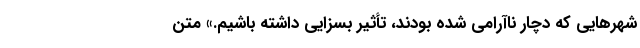
شهرهایی که دچار ناآرامی شده بودند، تأثیر بسزایی داشته باشیم.» متن